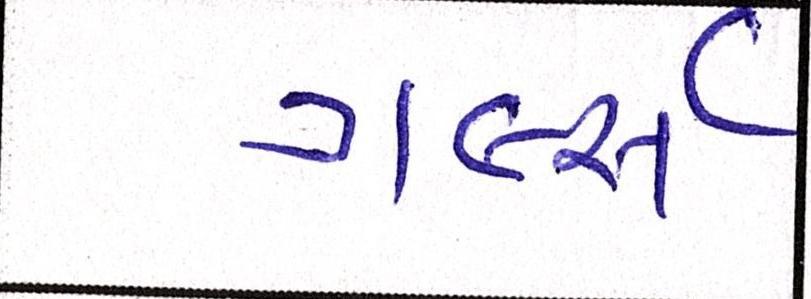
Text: ગર્લ્સ